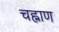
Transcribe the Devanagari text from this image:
चह्नाण